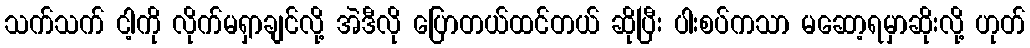
သက်သက် ငါ့ကို လိုက်မရှာချင်လို့ အဲဒီလို ပြောတယ်ထင်တယ် ဆိုပြီး ပါးစပ်ကသာ မဆော့ရမှာဆိုးလို့ ဟုတ်